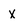
Character: X